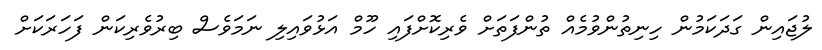
ލުޖައިން ގަދަކަމުން ހިނިތުންވުމެއް ތުންފަތަށް ވެރިކޮށްފައި ހޫމް އަޅުވައިލި ނަމަވެސް ބިރުވެރިކަން ފަހަރަކަށް